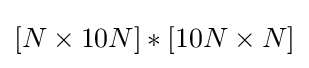
[N\times 10N]\ast [10N\times N]